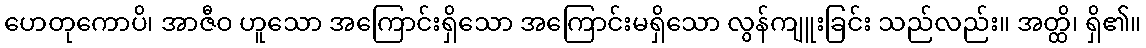
ဟေတုကောပိ၊ အာဇီဝ ဟူသော အကြောင်းရှိသော အကြောင်းမရှိသော လွန်ကျူးခြင်း သည်လည်း။ အတ္ထိ၊ ရှိ၏။